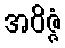
အဝိဇ္ဇံ